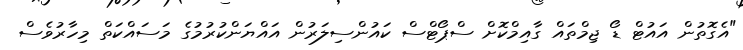
"އެގޮތުން އައުޓް ޑޯ ޖިމްތައް ގާއިމްކޮށް ސްޕޯޓްސް ކައުންސިލަރުން އައްޔަންކުރުމުގެ މަސައްކަތް މިހާރުވެސް